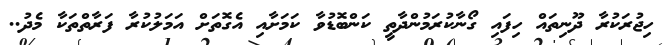
ހިޖުރަކުރާ ދޫނިތައް ހިފައި ގޯނާކުރަމުންދާތީ ކަންބޮޑުވާ ކަމަށާއި އެގޮތަށް އަމަލުކުރާ ފަރާތްތަކާ މެދު..